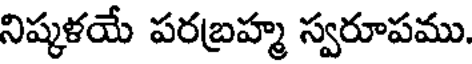
నిష్కళయే పరబ్రహ్మ స్వరూపము.